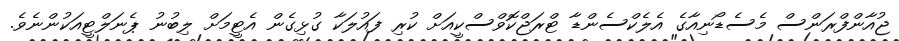
ޖުއާންފްރަންސް މެސެޑޯނިއާގެ އެލެކްސެންޑާ ޓްރަޖްކޮވްސްކީއަށް ކުރި ފައުލަކާ ގުޅިގެން އެޓީމަށް ލިބުނު ޕެނަލްޓީއަކުންނެވެ.